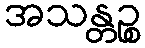
အသန္တဉ္စ